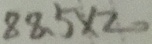
8 8 . 5 \times 2 0